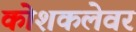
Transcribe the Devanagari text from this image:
कोशकलेवर